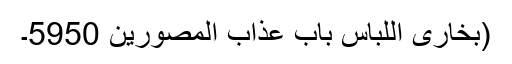
(بخاری اللباس باب عذاب المصورین 5950۔